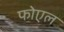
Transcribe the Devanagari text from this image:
फोएल